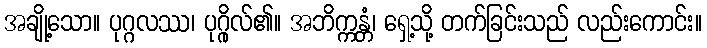
အချို့သော။ ပုဂ္ဂလဿ၊ ပုဂ္ဂိုလ်၏။ အဘိက္ကန္တံ၊ ရှေ့သို့ တက်ခြင်းသည် လည်းကောင်း။